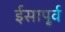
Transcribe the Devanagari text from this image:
ईसापू्र्व